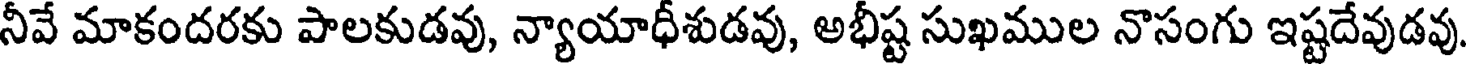
నీవే మాకందరకు పాలకుడవు, న్యాయాధీశుడవు, అభీష్ట సుఖముల నొసంగు ఇష్టదేవుడవు